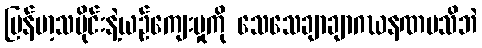
မြန်မာ့သမိုင်းနဲ့ယဉ်ကျေးမှုကို သေသေချာချာဂဃနဏမသိဘဲ